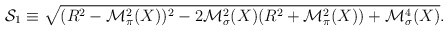
\begin{align*}{\cal S}_1 \equiv \sqrt{(R^2 - {\cal M}_\pi^2 (X))^2 - 2 {\cal M}_\sigma^2 (X) (R^2 + {\cal M}_\pi^2 (X)) + {\cal M}_\sigma^4 (X)} .\end{align*}